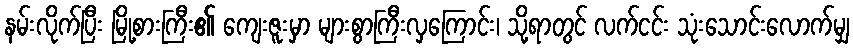
နမ်းလိုက်ပြီး မြို့စားကြီး၏ ကျေးဇူးမှာ များစွာကြီးလှကြောင်း၊ သို့ရာတွင် လက်ငင်း သုံးသောင်းလောက်မျှ